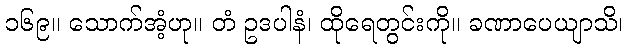
၁၆၉။ သောက်အံ့ဟု။ တံ ဥဒပါနံ၊ ထိုရေတွင်းကို။ ခဏာပေယျာသိ၊